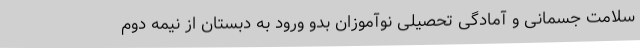
سلامت جسمانی و آمادگی تحصیلی نوآموزان بدو ورود به دبستان از نیمه دوم